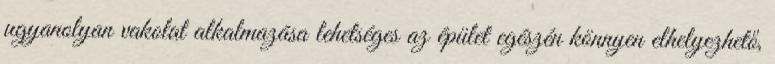
ugyanolyan vakolat alkalmazása lehetséges az épület egészén könnyen elhelyezhető,